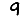
Digit: 9